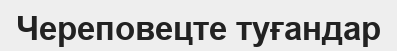
Череповецте туғандар